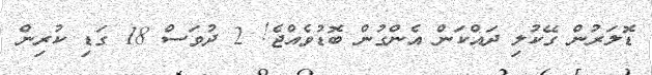
ޑޮލަރުން ގޭކުލި ދައްކަން އެންގުން ބޮޑުވެއްޖެ! 2 ދުވަސް 18 ގަޑި ކުރިން